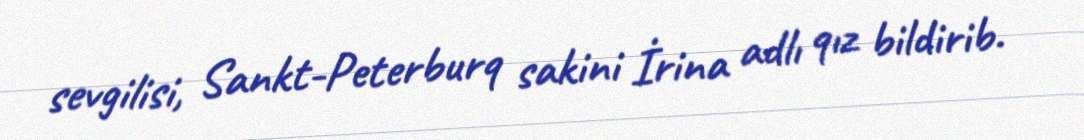
sevgilisi, Sankt-Peterburq sakini İrina adlı qız bildirib.